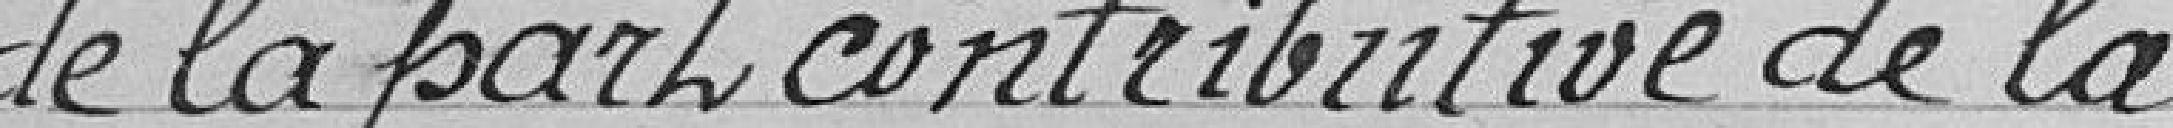
de la part contributive de la